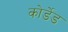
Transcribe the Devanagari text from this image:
कोर्डेड